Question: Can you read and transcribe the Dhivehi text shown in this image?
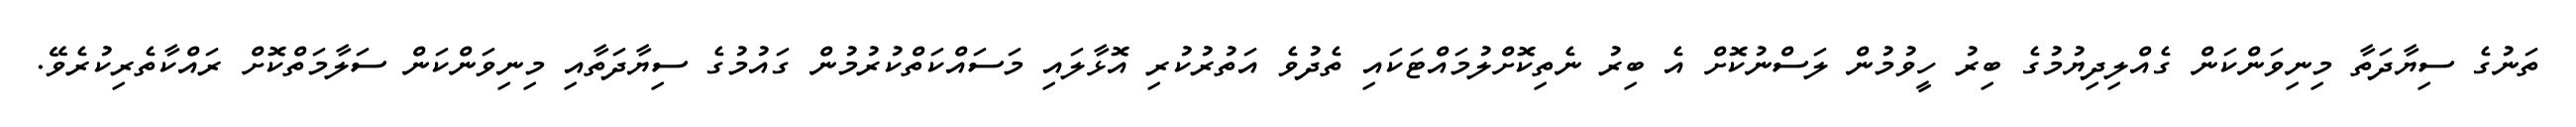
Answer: ތަނުގެ ސިޔާދަތާ މިނިވަންކަން ގެއްލިދިޔުމުގެ ބިރު ހީވުމުން ލަސްނުކޮށް އެ ބިރު ނެތިކޮށްލުމައްޓަކައި ތެދުވެ އަތުރުކުރި އޮޅާލައި މަސައްކަތްކުރުމުން ގައުމުގެ ސިޔާދަތާއި މިނިވަންކަން ސަލާމަތްކޮށް ރައްކާތެރިކުރެވޭ.